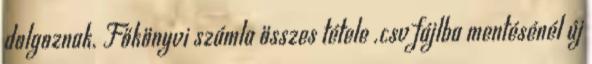
dolgoznak. Főkönyvi számla összes tétele .csv fájlba mentésénél új